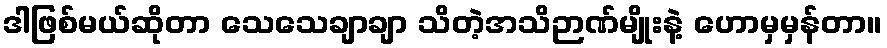
ဒါဖြစ်မယ်ဆိုတာ သေသေချာချာ သိတဲ့အသိဉာဏ်မျိုးနဲ့ ဟောမှမှန်တာ။